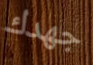
جهدك